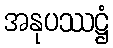
အနုပဿဋ္ဌံ